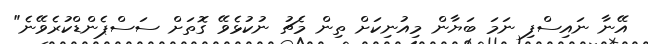
އޭނާ ނައިސްފި ނަމަ ބަޔާން މިއުނިކަށް ތިން މެޗު ނުކުޅެވޭ ގޮތަށް ސަސްޕެންޑްކުރެވޭނެ"